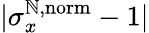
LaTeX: |\sigma_{x}^{\mathbb{N},\mathrm{{norm}}}-1|